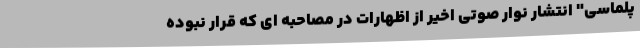
پلماسی" انتشار نوار صوتی اخیر از اظهارات در مصاحبه ای که قرار نبوده